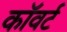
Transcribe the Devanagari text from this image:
कॉवर्ट